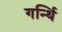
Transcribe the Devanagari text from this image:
गर्न्थि